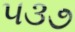
૫૩૭